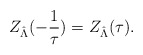
\begin{align*}Z_{\hat \Lambda}( - \frac 1 \tau) = Z_{\hat \Lambda} (\tau) .\end{align*}